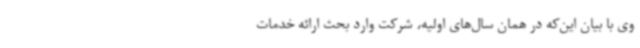
وی با بیان این‌که در همان سال‌های اولیه، شرکت وارد بحث ارائه خدمات